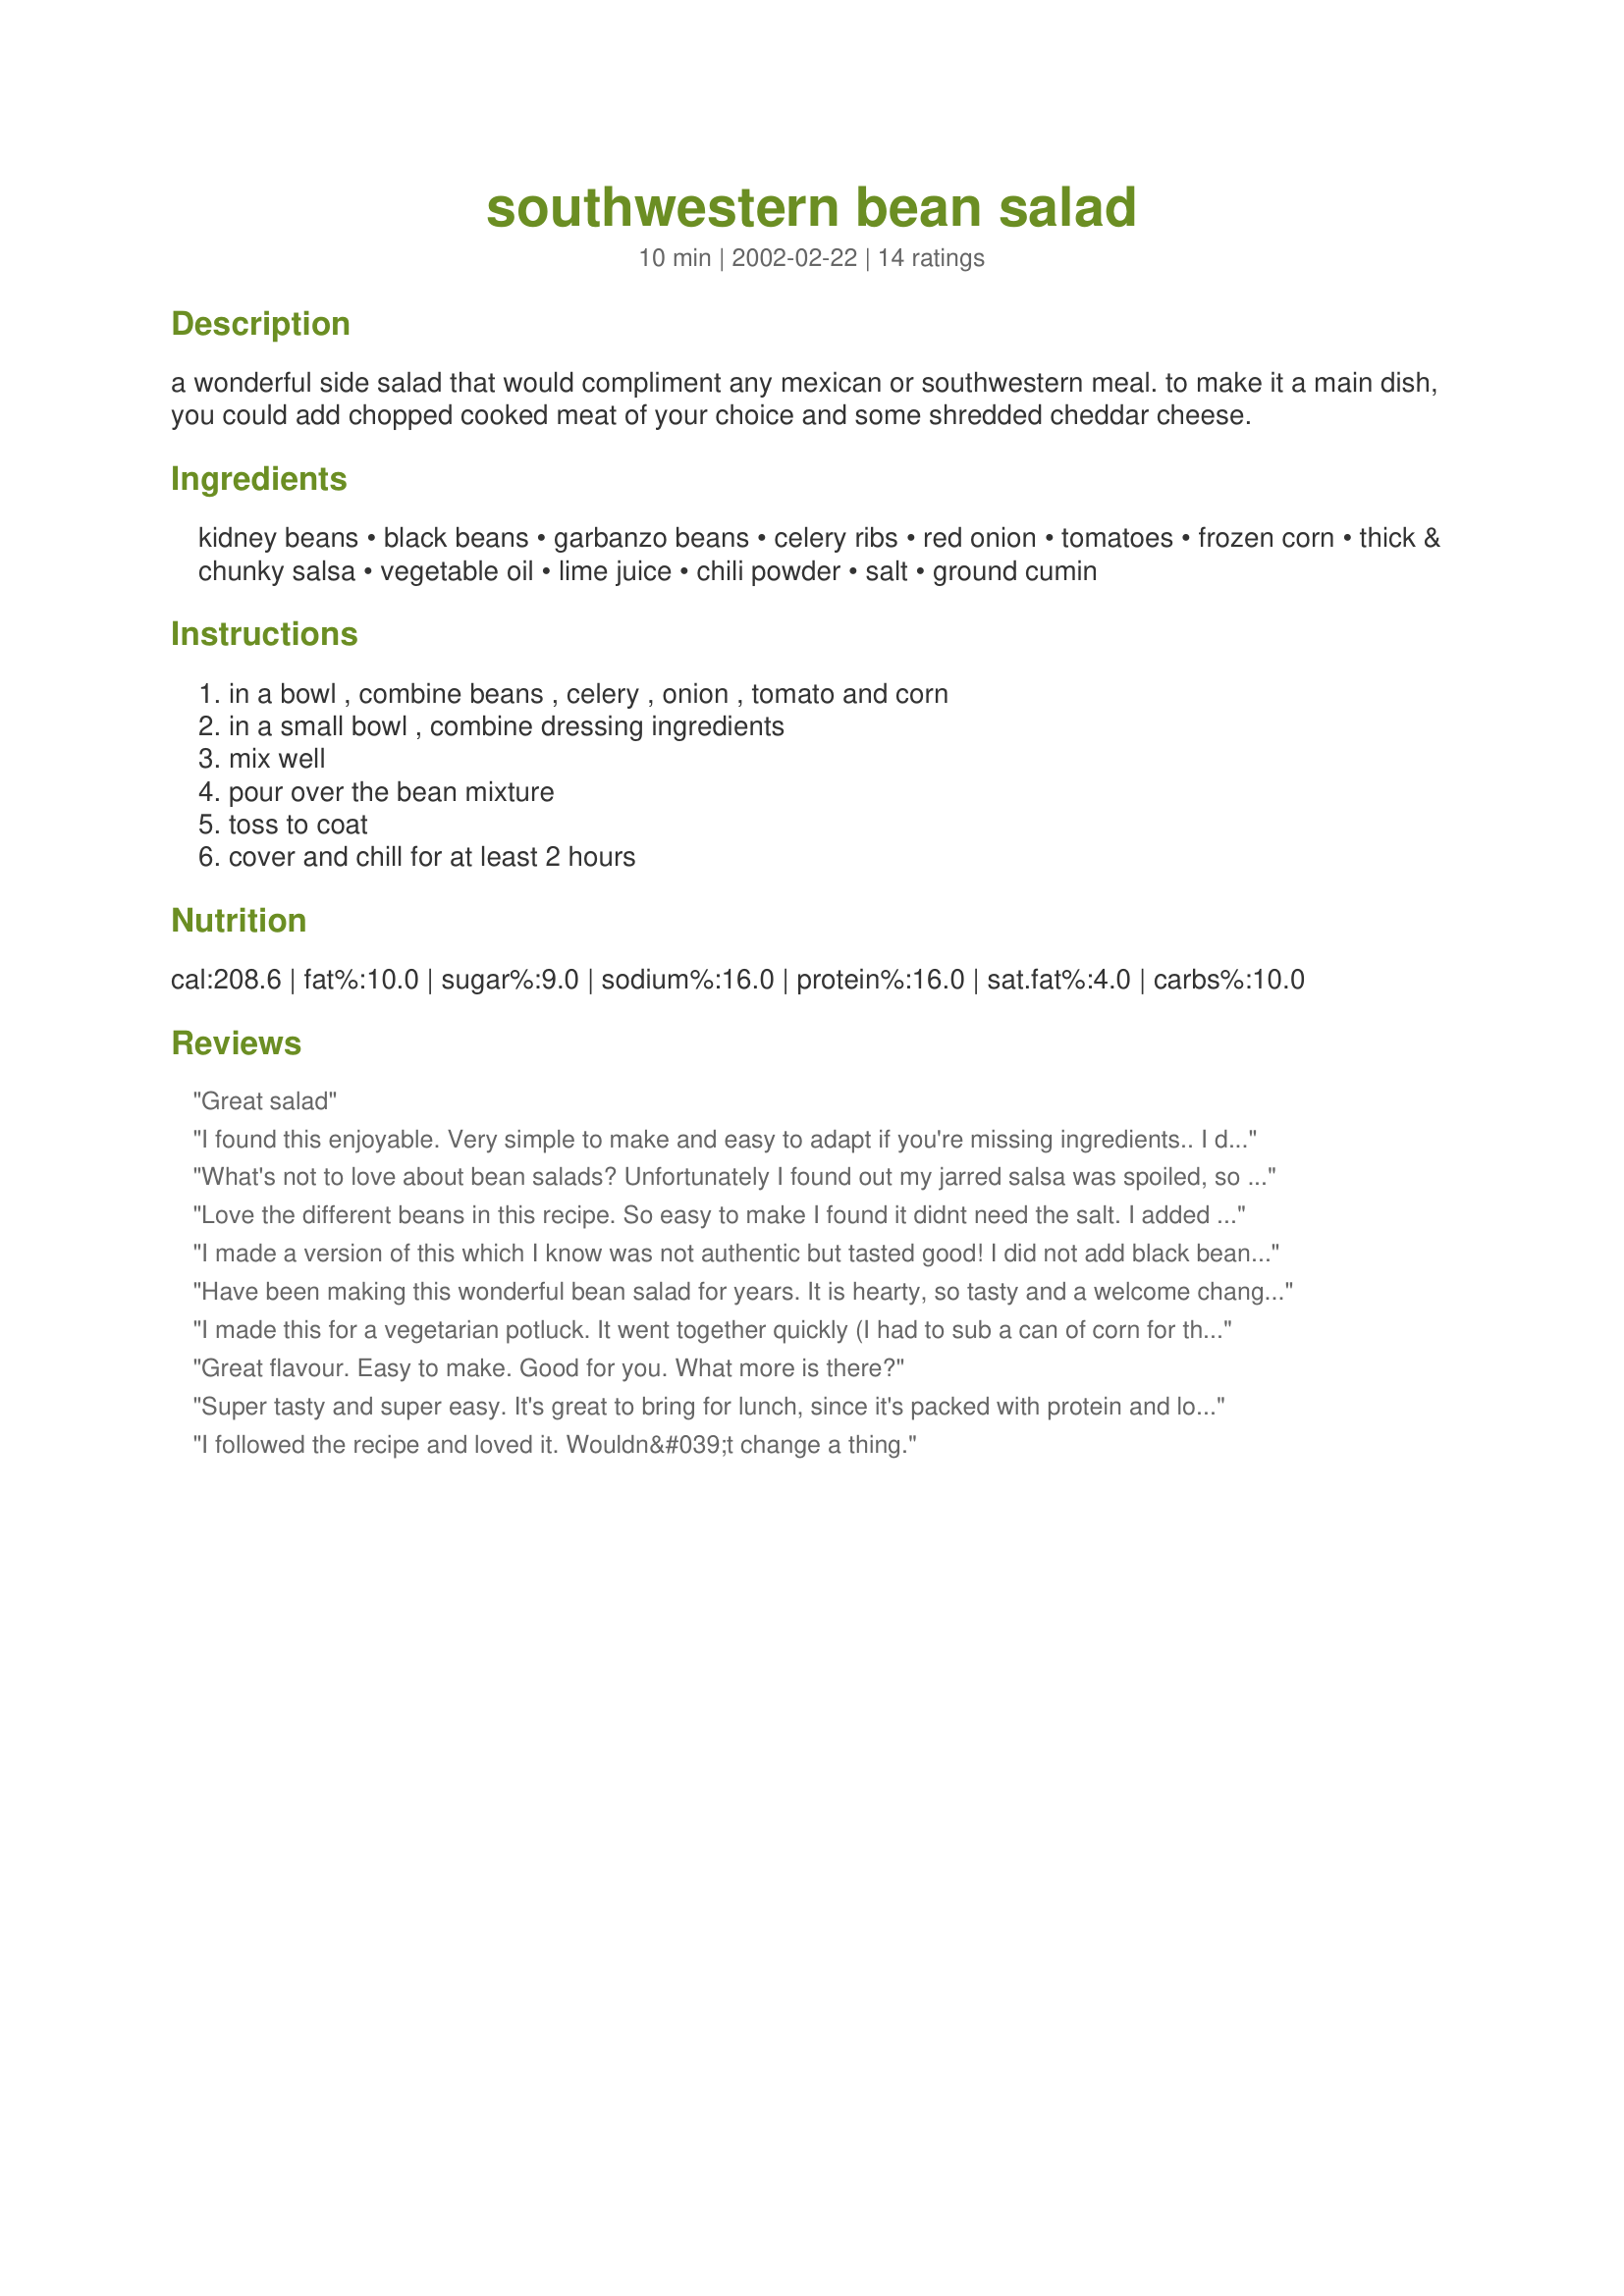
southwestern bean salad
Preparation time: 10 minutes

a wonderful side salad that would compliment any mexican or southwestern meal. to make it a main dish, you could add chopped cooked meat of your choice and some shredded cheddar cheese.

Ingredients:
kidney beans, black beans, garbanzo beans, celery ribs, red onion, tomatoes, frozen corn, thick & chunky salsa, vegetable oil, lime juice, chili powder, salt, ground cumin

Steps:
in a bowl , combine beans , celery , onion , tomato and corn, in a small bowl , combine dressing ingredients, mix well, pour over the bean mixture, toss to coat, cover and chill for at least 2 hours

Reviews:
Great salad
I found this enjoyable. Very simple to make and easy to adapt if you're missing ingredients.. I didn't add salsa because I didn't have any and added less veg. oil but it was still tasty, kinda like a burrito....humm well maybe not quite. Good none the less.
What's not to love about bean salads? Unfortunately I found out my jarred salsa was spoiled, so I just added more tomato (a pint of halved grape tomatoes) and some leftover mild chilis. Used a bit less vegetable oil, and included about a teaspoon of salt. Will be enjoying the leftovers for lunch today. Thanks yooper!
Love the different beans in this recipe. So easy to make I found it didnt need the salt. I added a little extra cumin. I also used cherry tomatoes cut in half. Served with fajitas and avocado and shredded cheese. Will be making this again. Thanks for sharing this recipe. Made for the "Cool Beans" in the photo forum.
I made a version of this which I know was not authentic but tasted good! I did not add black beans as I didn't have any. I did not add corn as we are corn free. I used Recipe #23641, sunflower oil to be soy free (It did leave a sunflower taste I'm not used to) I used bottled lime juice and sea salt.
Have been making this wonderful bean salad for years. It is hearty, so tasty and a welcome change from the typical sweet three-bean variety.
I made this for a vegetarian potluck. It went together quickly (I had to sub a can of corn for the frozen) and was wonderfully colorful. I used a chipotle chili powder which lent a nice smoky flavor, too, and then garnished with chopped cilantro and green onion. I think next time I might drain it after chilling, though, and transfer to a serving dish as it was rather 'juicy' once the dressing sat for a bit. Leftovers would make good burrito filling or a nice side with fajitas. Shredded cheese, sour cream, diced avocado - all these would make wonderful toppings for the salad, too. The kids all loved this as much as the adults, so I know we'll be making it often. Thanks so much for posting, yooper!
Great flavour. Easy to make. Good for you. What more is there?
Super tasty and super easy. It's great to bring for lunch, since it's packed with protein and loaded with flavor. I didn't change a thing.
I followed the recipe and loved it. Wouldn&#039;t change a thing.
I've made this many times, and it's always a big hit. Especially a good dish to take to potlucks or get-togethers. So easy to throw together in no time, and very tasty!
This was wonderful. It was easy to make and the dressing was just perfect. It is also a very colorful salad.
I really liked this, but I would drain it next time before serving. I think I'd also use Ro-tel or add some jalapenos for some bite. It makes a LOT!
This was so easy for me as I was needing something quick for the annual corn hole tournament. The next day I made a batch for me adding an extra onion, vidalia. I wished I remembered to add the jalepeno's for bite but will have to try next time and throw in some chicken for a main dish. Very healthy and tastes great too!
